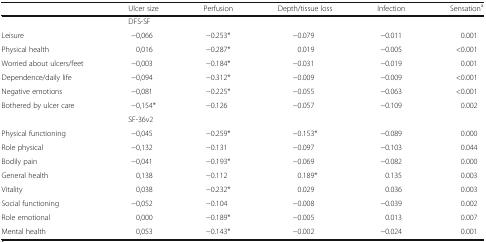
<table><thead><tr><td></td><td><b>Ulcer size</b></td><td><b>Perfusion</b></td><td><b>Depth/tissue loss</b></td><td><b>Infection</b></td><td><b>Sensation<sup>a</sup></b></td></tr></thead><tbody><tr><td></td><td colspan="5">DFS-SF</td></tr><tr><td>Leisure</td><td>−0,066</td><td>−0.253*</td><td>−0.079</td><td>−0.011</td><td>0.001</td></tr><tr><td>Physical health</td><td>0,016</td><td>−0.287*</td><td>0.019</td><td>−0.005</td><td>&lt;0.001</td></tr><tr><td>Worried about ulcers/feet</td><td>−0,003</td><td>−0.184*</td><td>−0.031</td><td>−0.019</td><td>0.001</td></tr><tr><td>Dependence/daily life</td><td>−0,094</td><td>−0.312*</td><td>−0.009</td><td>−0.009</td><td>&lt;0.001</td></tr><tr><td>Negative emotions</td><td>−0,081</td><td>−0.225*</td><td>−0.055</td><td>−0.063</td><td>&lt;0.001</td></tr><tr><td>Bothered by ulcer care</td><td>−0,154*</td><td>−0.126</td><td>−0.057</td><td>−0.109</td><td>0.002</td></tr><tr><td></td><td colspan="5">SF-36v2</td></tr><tr><td>Physical functioning</td><td>−0,045</td><td>−0.259*</td><td>−0.153*</td><td>−0.089</td><td>0.000</td></tr><tr><td>Role physical</td><td>−0,132</td><td>−0.131</td><td>−0.097</td><td>−0.103</td><td>0.044</td></tr><tr><td>Bodily pain</td><td>−0,041</td><td>−0.193*</td><td>−0.069</td><td>−0.082</td><td>0.000</td></tr><tr><td>General health</td><td>0,138</td><td>−0.112</td><td>0.189*</td><td>0.135</td><td>0.003</td></tr><tr><td>Vitality</td><td>0,038</td><td>−0.232*</td><td>0.029</td><td>0.036</td><td>0.003</td></tr><tr><td>Social functioning</td><td>−0,052</td><td>−0.104</td><td>−0.008</td><td>−0.039</td><td>0.002</td></tr><tr><td>Role emotional</td><td>0,000</td><td>−0.189*</td><td>−0.005</td><td>0.013</td><td>0.007</td></tr><tr><td>Mental health</td><td>0,053</td><td>−0.143*</td><td>−0.002</td><td>−0.024</td><td>0.001</td></tr></tbody></table>